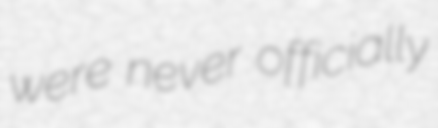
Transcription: were never officially